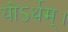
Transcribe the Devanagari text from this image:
योऽर्थम्।